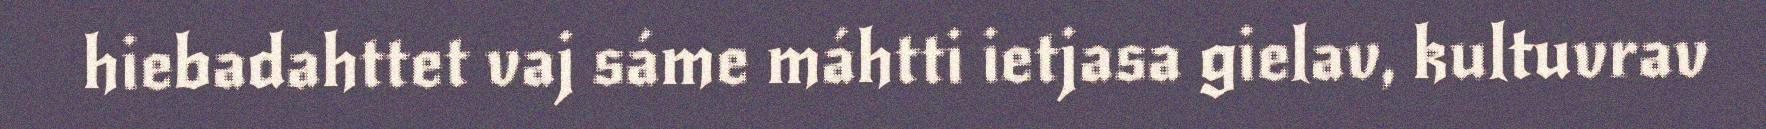
hiebadahttet vaj sáme máhtti ietjasa gielav, kultuvrav